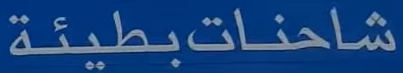
شاحناتبطيئة